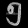
Digit: ၅